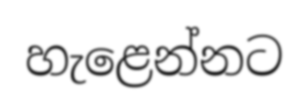
හැළෙන්නට